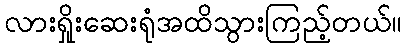
လားရှိုးဆေးရုံအထိသွားကြည့်တယ်။